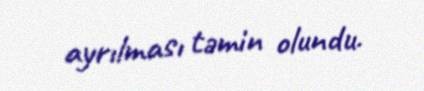
ayrılması təmin olundu.